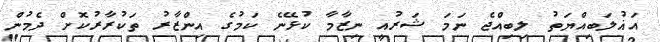
އަޣުލަބިއްޔަތު ލިބިއްޖެ ނަމަ ޝަރުއީ ނިޒާމާ ކުޅޭނެ ކަމުގެ އިންޒާރު ތަކުރާރުކޮށް ދެމުން